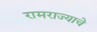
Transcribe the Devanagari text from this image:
रामराज्याचे